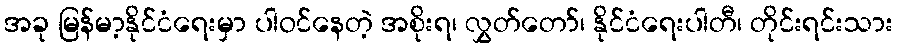
အခု မြန်မာ့နိုင်ငံရေးမှာ ပါဝင်နေတဲ့ အစိုးရ၊ လွှတ်တော်၊ နိုင်ငံရေးပါတီ၊ တိုင်းရင်းသား